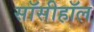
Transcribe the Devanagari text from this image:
सॉसीहॉल